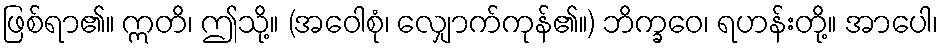
ဖြစ်ရာ၏။ ဣတိ၊ ဤသို့။ (အဝေါစုံ၊ လျှောက်ကုန်၏။) ဘိက္ခဝေ၊ ရဟန်းတို့။ အာပေါ၊